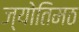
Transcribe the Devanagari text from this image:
ज्योतिमठ